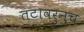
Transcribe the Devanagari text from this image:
तटावरुनच